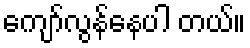
ကျော်လွန်နေပါ တယ်။